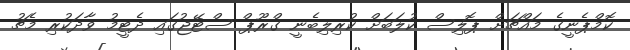
ކޮމްޕެނީގެ މައްޗަށް ޕޮލިސް ކުލަބަށް ކުރިލިބެނީ ގްރޫޕް ސްޓޭޖުގައި ދެޓީމު ވާދަކުރި މެޗު